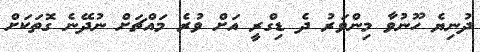
ދުނިޔެ ހޫނުވާ މިންވަރު ދެ ޑިގްރީ އަށް ވުރެ މައްޗަށް ނުދޭނެ ގޮތަކަށް